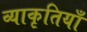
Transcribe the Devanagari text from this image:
व्याकृतियाँ